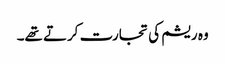
وہ ریشم کی تجارت کرتے تھے۔